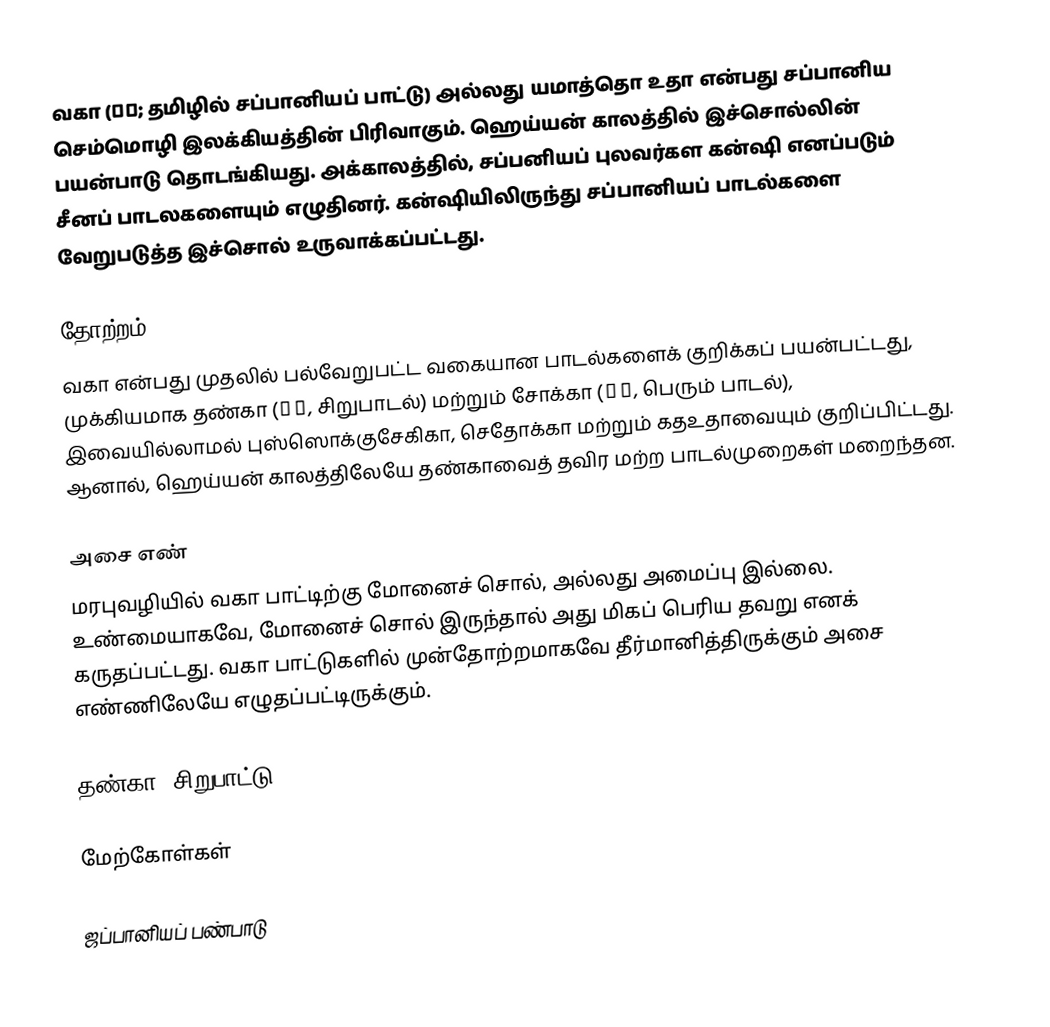
வகா (和歌; தமிழில் சப்பானியப் பாட்டு) அல்லது யமாத்தொ உதா என்பது சப்பானிய செம்மொழி இலக்கியத்தின் பிரிவாகும். ஹெய்யன் காலத்தில் இச்சொல்லின் பயன்பாடு தொடங்கியது. அக்காலத்தில், சப்பனியப் புலவர்கள கன்ஷி எனப்படும் சீனப் பாடலகளையும் எழுதினர். கன்ஷியிலிருந்து சப்பானியப் பாடல்களை வேறுபடுத்த இச்சொல் உருவாக்கப்பட்டது.

தோற்றம்
வகா என்பது முதலில் பல்வேறுபட்ட வகையான பாடல்களைக் குறிக்கப் பயன்பட்டது, முக்கியமாக தண்கா (短歌, சிறுபாடல்) மற்றும் சோக்கா (長歌, பெரும் பாடல்), இவையில்லாமல் புஸ்ஸொக்குசேகிகா, செதோக்கா மற்றும் கதஉதாவையும் குறிப்பிட்டது. ஆனால், ஹெய்யன் காலத்திலேயே தண்காவைத் தவிர மற்ற பாடல்முறைகள் மறைந்தன.

அசை எண்
மரபுவழியில் வகா பாட்டிற்கு மோனைச் சொல், அல்லது அமைப்பு இல்லை. உண்மையாகவே, மோனைச் சொல் இருந்தால் அது மிகப் பெரிய தவறு எனக் கருதப்பட்டது. வகா பாட்டுகளில் முன்தோற்றமாகவே தீர்மானித்திருக்கும் அசை எண்ணிலேயே எழுதப்பட்டிருக்கும்.

தண்கா (சிறுபாட்டு)

மேற்கோள்கள்

ஜப்பானியப் பண்பாடு